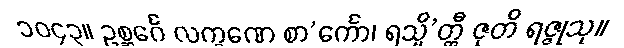
၁၀၄၃။ ဥစ္ဆင်္ဂေ လက္ခဏေ စာ’င်္ကော၊ ရသ္မိ’တ္ထီ ဇုတိ ရဇ္ဇုသု။